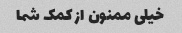
خیلی ممنون از کمک شما